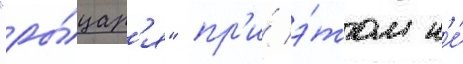
"ры́цар'я" пр'и́ э́том н'е́